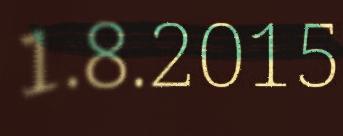
1.8.2015